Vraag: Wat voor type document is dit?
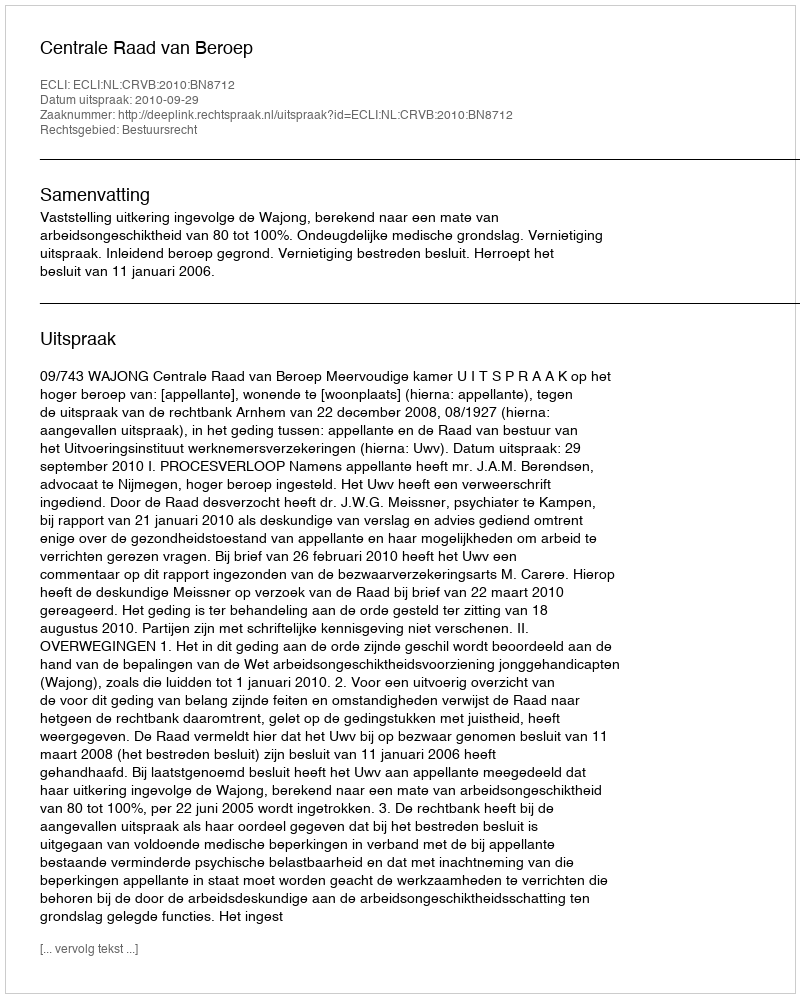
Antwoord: Uitspraak